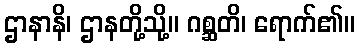
ဌာနာနိ၊ ဌာနတို့သို့။ ဂစ္ဆတိ၊ ရောက်၏။